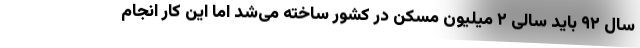
سال ۹۲ باید سالی ۲ میلیون مسکن در کشور ساخته می‌شد اما این کار انجام